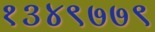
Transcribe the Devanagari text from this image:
१३४९७७९